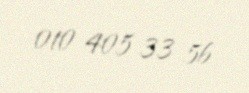
010 405 33 56